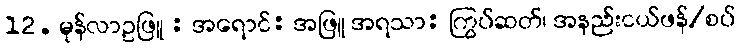
12. မုန်လာဥဖြူ : အရောင်: အဖြူ အရသာ: ကြွပ်ဆတ်၊ အနည်းငယ်ဖန်/စပ်